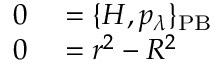
\begin{array} { r l } { 0 } & { { } = \{ H , p _ { \lambda } \} _ { \mathrm { P B } } } \\ { 0 } & { { } = r ^ { 2 } - R ^ { 2 } } \end{array}